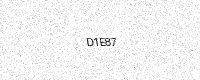
Text: D1E87